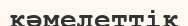
кәмелеттік